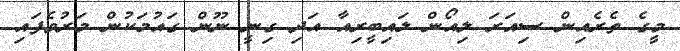
މީގެ ތެރެއިން ސިއަރަ ލިއޯން ލައިބީރިއާ އަދި ގިނީ ނޫން ގައުމަކުން މަރުވެފައި